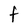
Character: F